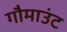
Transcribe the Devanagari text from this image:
गौमाउंट